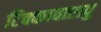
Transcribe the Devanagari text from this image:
टिक्कावारापु